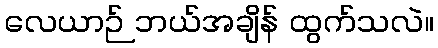
လေယာဉ် ဘယ်အချိန် ထွက်သလဲ။